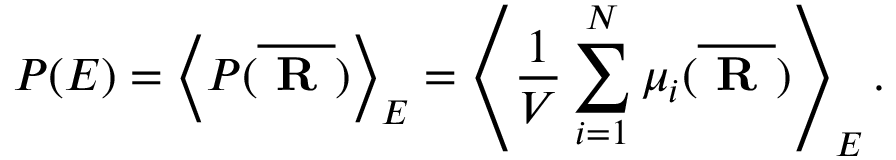
\centering P ( E ) = \left< P ( \overline { { \textbf { R } } } ) \right> _ { E } = \left< \frac { 1 } { V } \sum _ { i = 1 } ^ { N } \mu _ { i } ( \overline { { \textbf { R } } } ) \right> _ { E } .